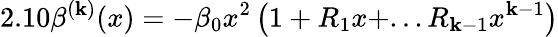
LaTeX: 2.10\beta^{(\mathbf{k})}(x)=-\beta_{0}x^{2}\left(1+R_{1}x+...R_{\mathbf{k}-1}x^{\mathbf{k}-1}\right)